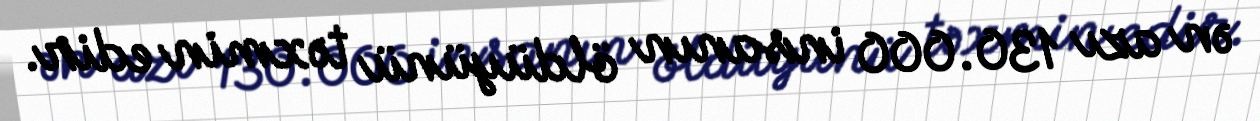
ən azı 130.000 insanın öldüyünü təxmin edir.